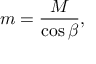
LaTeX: m = \frac { M } { \cos { \beta } } ,